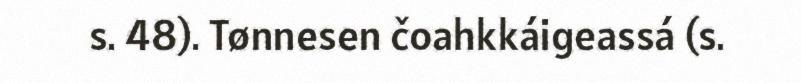
s. 48). Tønnesen čoahkkáigeassá (s.